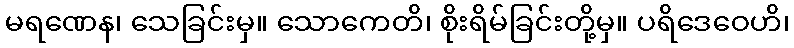
မရဏေန၊ သေခြင်းမှ။ သောကေတိ၊ စိုးရိမ်ခြင်းတို့မှ။ ပရိဒေဝေဟိ၊